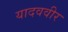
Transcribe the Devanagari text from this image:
यादववीर